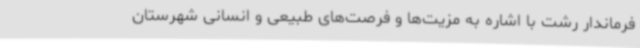
فرماندار رشت با اشاره به مزیت‌ها و فرصت‌های طبیعی و انسانی شهرستان